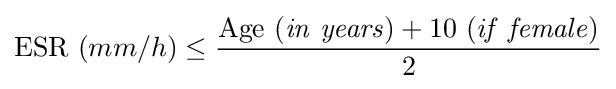
{\rm {ESR}}\ (mm/h)\leq {\frac {{\rm {Age}}\ ({\it {in\ years}})+10\ ({\it {if\ female}})}{2}}